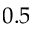
0 . 5